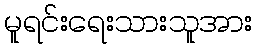
မူရင်းရေးသားသူအား